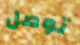
توصل